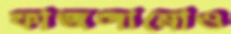
ফাজলামোও